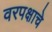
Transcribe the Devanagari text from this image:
वरपक्षाचे